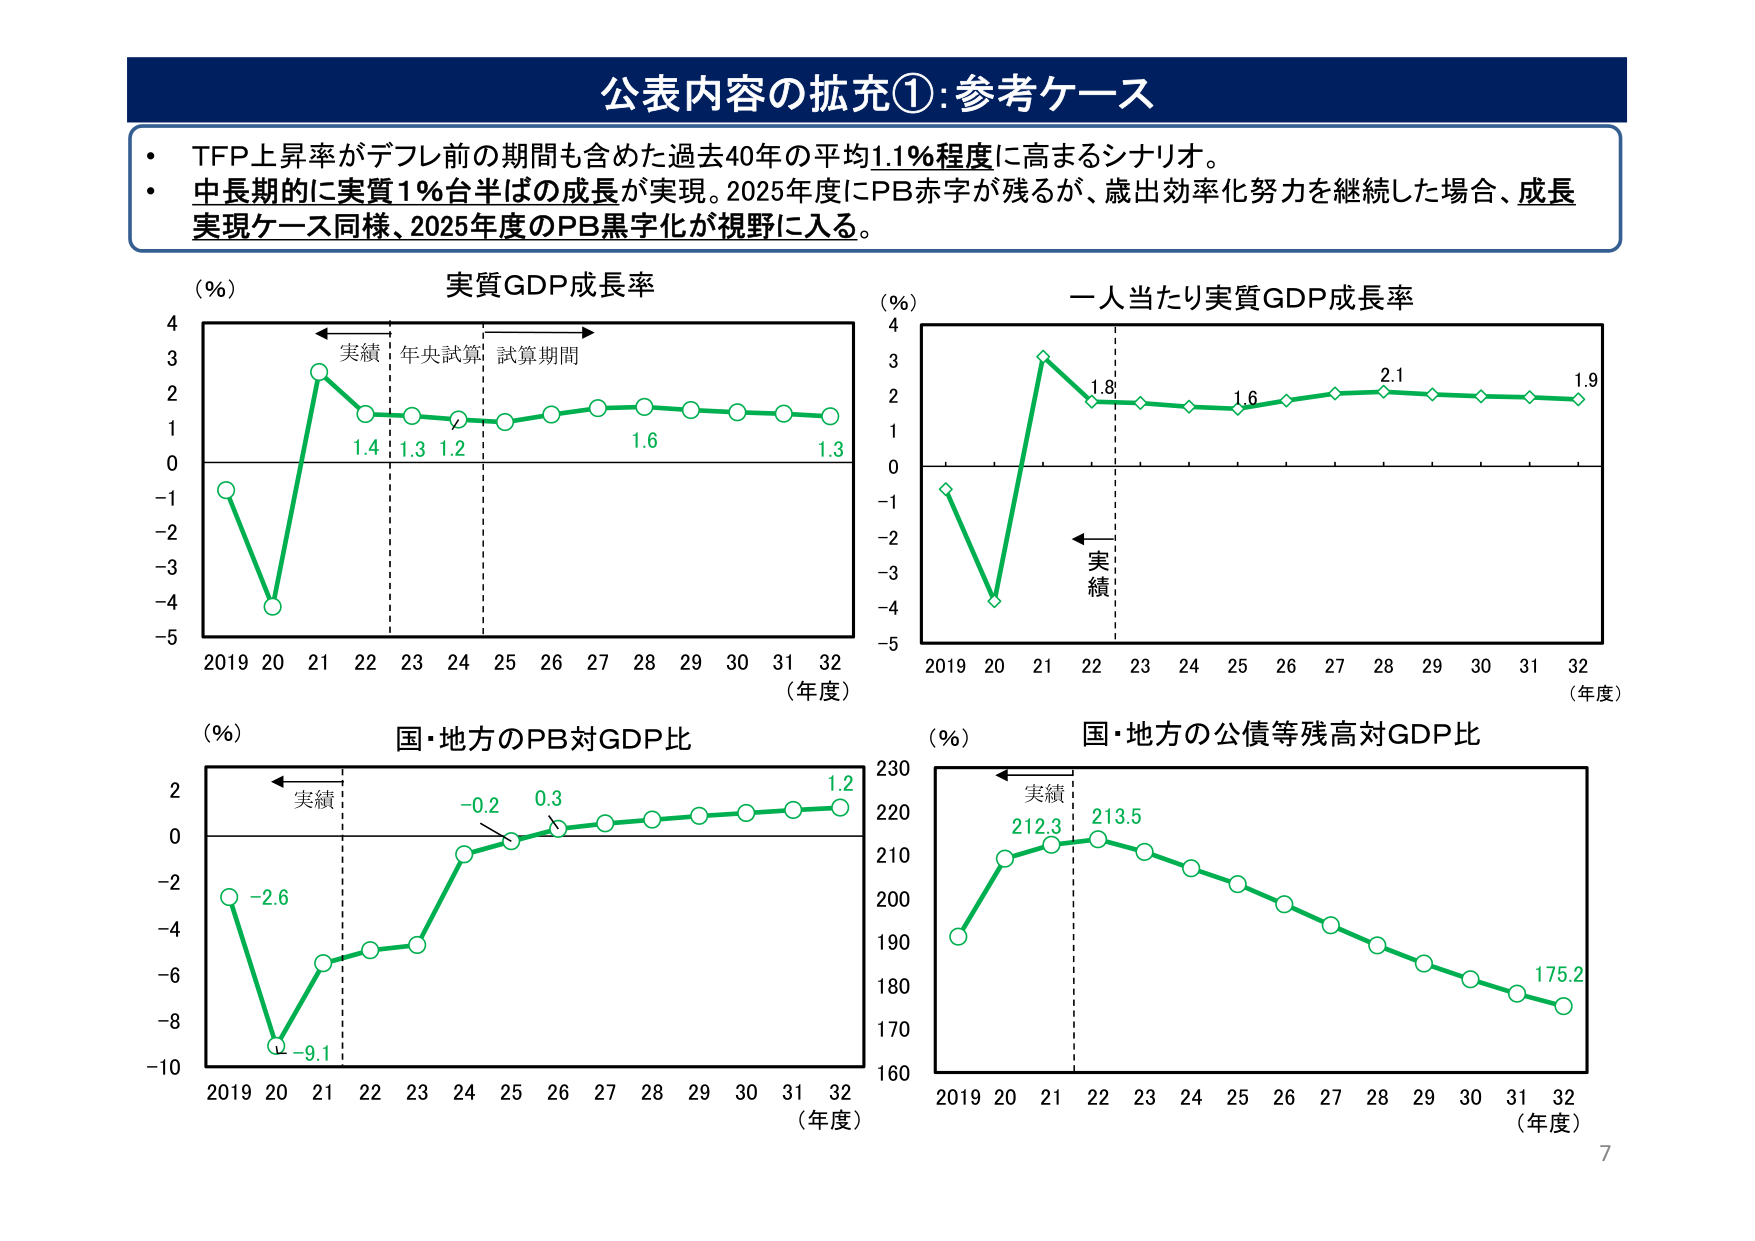
公表内容の拡充①:参考ケース
・TFP上昇率がデフレ前の期間も含めた過去40年の平均1.1%程度に高まるシナリオ。
・中長期的に実質1%台半ばの成長が実現。2025年度にPB赤字が残るが、歳出効率化努力を継続した場合、成長実現ケース同様、2025年度のPB黒字化が視野に入る。
(%) 実質GDP成長率
実績 年央試算 試算期間
4
3
2
1
0
-1
-2
-3
-4
-5
2019 20 21 22 23 24 25 26 27 28 29 30 31 32
(年度)
1.4 1.3 1.2 1.6 1.3
(%) 一人当たり実質GDP成長率
4
3
2
1
0
-1
-2
-3
-4
-5
2019 20 21 22 23 24 25 26 27 28 29 30 31 32
(年度)
1.8 1.6 2.1 1.9
実績
(%) 国・地方のPB対GDP比
2
0
-2
-4
-6
-8
-10
2019 20 21 22 23 24 25 26 27 28 29 30 31 32
(年度)
-2.6 -9.1 -0.2 0.3 1.2
実績
(%) 国・地方の公債等残高対GDP比
230
220
210
200
190
180
170
160
2019 20 21 22 23 24 25 26 27 28 29 30 31 32
(年度)
212.3 213.5 175.2
実績
7